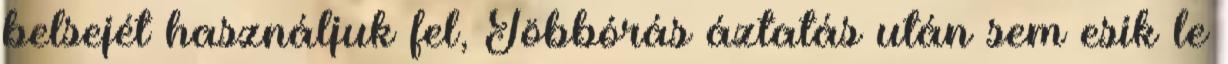
belsejét használjuk fel, Többórás áztatás után sem esik le